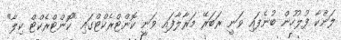
ލަންކާ ފުލުހުން ބުނެފައި ވަނީ ރަބަރޭ މަރާލާފައި ވަނީ ކޮންޓްރެކްޓްގައި "ކޮންޓްރެކްޓް ކިލާ"